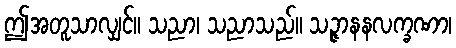
ဤအတူသာလျှင်။ သညာ၊ သညာသည်။ သဉ္ဇာနနလက္ခဏာ၊